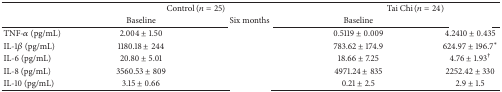
<table><thead><tr><td>[EMPTY_CELL]</td><td colspan="2"><b>Control (n = 25)</b></td><td colspan="2"><b> Tai Chi (<i>n</i> = 24)</b></td></tr><tr><td>[EMPTY_CELL]</td><td><b>Baseline</b></td><td><b>Six months</b></td><td><b>Baseline</b></td><td>[EMPTY_CELL]</td></tr></thead><tbody><tr><td>TNF-<i>α</i> (pg/mL)</td><td>2.004 ± 1.50</td><td>[EMPTY_CELL]</td><td>0.5119 ± 0.009</td><td>4.2410 ± 0.435</td></tr><tr><td>IL-1<i>β</i> (pg/mL) </td><td>1180.18 ± 244</td><td>[EMPTY_CELL]</td><td>783.62 ± 174.9</td><td>624.97 ± 196.7*</td></tr><tr><td>IL-6 (pg/mL)</td><td>20.80 ± 5.01</td><td>[EMPTY_CELL]</td><td>18.66 ± 7.25</td><td>4.76 ± 1.93<sup>†</sup></td></tr><tr><td>IL-8 (pg/mL)</td><td>3560.53 ± 809</td><td>[EMPTY_CELL]</td><td>4971.24 ± 835</td><td>2252.42 ± 330</td></tr><tr><td>IL-10 (pg/mL)</td><td>3.15 ± 0.66</td><td>[EMPTY_CELL]</td><td>0.21 ± 2.5</td><td>2.9 ± 1.5</td></tr></tbody></table>